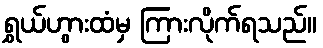
ရွှယ်ဟွားထံမှ ကြားလိုက်ရသည်။